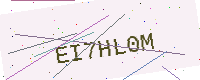
Text: EI7HL0M